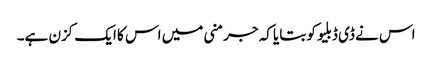
اس نے ڈی ڈبلیو کو بتایا کہ جرمنی میں اس کا ایک کزن ہے۔